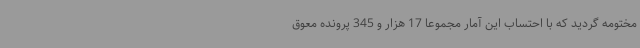
مختومه گردید که با احتساب این آمار مجموعا 17 هزار و 345 پرونده معوق